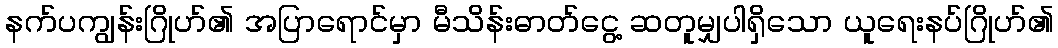
နက်ပကျွန်းဂြိုဟ်၏ အပြာရောင်မှာ မီသိန်းဓာတ်ငွေ့ ဆတူမျှပါရှိသော ယူရေးနပ်ဂြိုဟ်၏